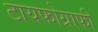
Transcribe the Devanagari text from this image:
टायफोग्राफी